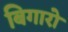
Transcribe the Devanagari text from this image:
बिगारो